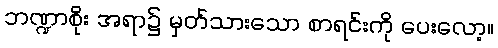
ဘဏ္ဍာစိုး အရာ၌ မှတ်သားသော စာရင်းကို ပေးလော့။